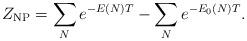
LaTeX: \begin{align*}Z_{\rm NP} = \sum_{N} e^{-E(N) T} - \sum_N e^{-E_0(N) T}.\end{align*}